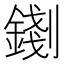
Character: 𨪑